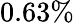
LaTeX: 0.63\%